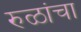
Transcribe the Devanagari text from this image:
रुळांचा